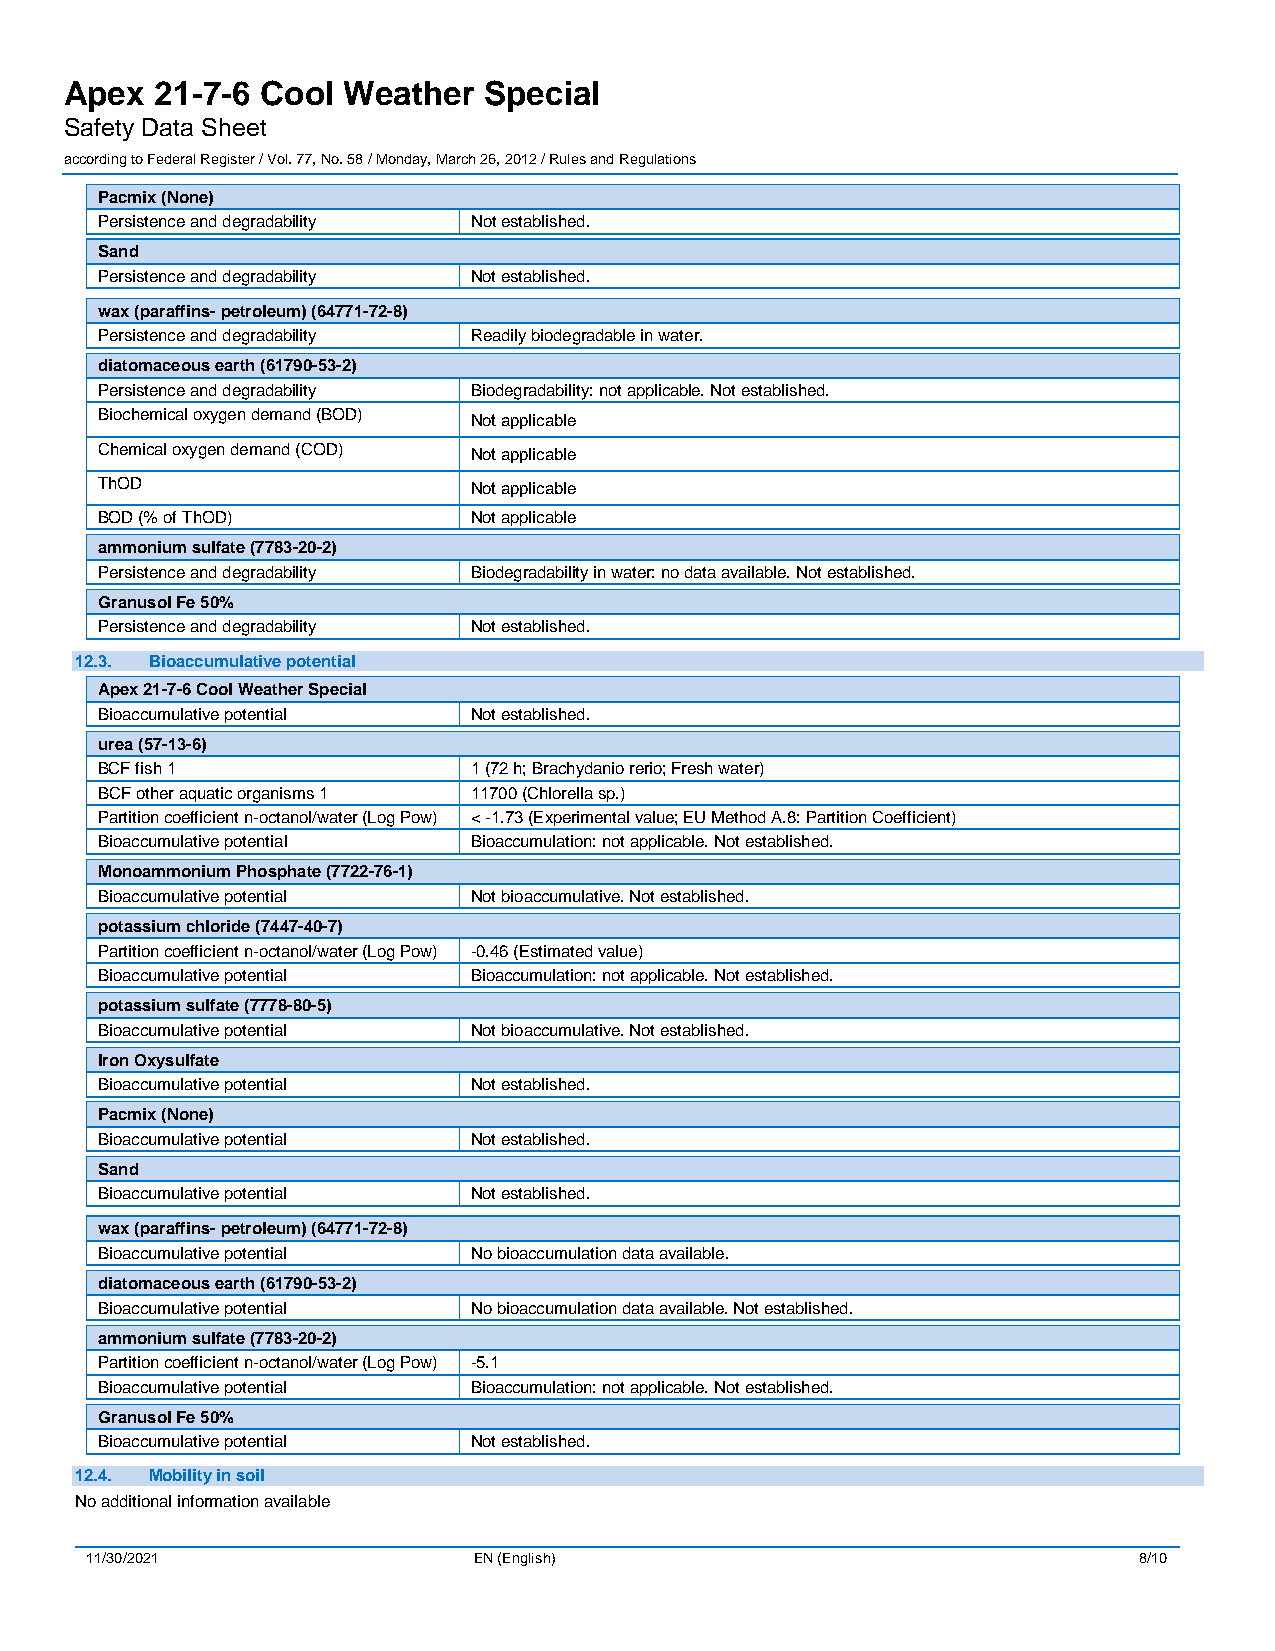
Apex  21-7-6 Cool  Weather  Special
 Safety Data Sheet
 according to Federal Register / Vol. 77, No. 58 / Monday, March 26, 2012 / Rules and Regulations
 Pacmix (None)
 Persistence and degradability Not established.
 Sand
 Persistence and degradability Not established.
 wax (paraffins- petroleum) (64771-72-8)
 Persistence and degradability Readily biodegradable in water.
 diatomaceous earth (61790-53-2)
 Persistence and degradability Biodegradability: not applicable. Not established.
 Biochemical oxygen demand (BOD) Not applicable
 Chemical oxygen demand (COD) Not applicable
 ThOD                     Not applicable
 BOD (% of ThOD)          Not applicable
 ammonium sulfate (7783-20-2)
 Persistence and degradability Biodegradability in water: no data available. Not established.
 Granusol Fe 50%
 Persistence and degradability Not established.
 12.3. Bioaccumulative potential
 Apex 21-7-6 Cool Weather Special
 Bioaccumulative potential Not established.
 urea (57-13-6)
 BCF fish 1               1 (72 h; Brachydanio rerio; Fresh water)
 BCF other aquatic organisms 1 11700 (Chlorella sp.)
 Partition coefficient n-octanol/water (Log Pow) < -1.73 (Experimental value; EU Method A.8: Partition Coefficient)
 Bioaccumulative potential Bioaccumulation: not applicable. Not established.
 Monoammonium Phosphate (7722-76-1)
 Bioaccumulative potential Not bioaccumulative. Not established.
 potassium chloride (7447-40-7)
 Partition coefficient n-octanol/water (Log Pow) -0.46 (Estimated value)
 Bioaccumulative potential Bioaccumulation: not applicable. Not established.
 potassium sulfate (7778-80-5)
 Bioaccumulative potential Not bioaccumulative. Not established.
 Iron Oxysulfate
 Bioaccumulative potential Not established.
 Pacmix (None)
 Bioaccumulative potential Not established.
 Sand
 Bioaccumulative potential Not established.
 wax (paraffins- petroleum) (64771-72-8)
 Bioaccumulative potential No bioaccumulation data available.
 diatomaceous earth (61790-53-2)
 Bioaccumulative potential No bioaccumulation data available. Not established.
 ammonium sulfate (7783-20-2)
 Partition coefficient n-octanol/water (Log Pow) -5.1
 Bioaccumulative potential Bioaccumulation: not applicable. Not established.
 Granusol Fe 50%
 Bioaccumulative potential Not established.
 12.4. Mobility in soil
 No additional information available
 11/30/2021               EN (English)                                8/10